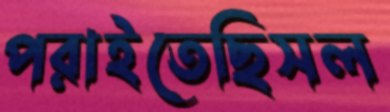
পরাইতেছিসল